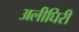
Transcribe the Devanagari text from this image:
अलीघिरी